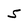
Character: 5